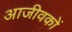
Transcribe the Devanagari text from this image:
आजीवकों